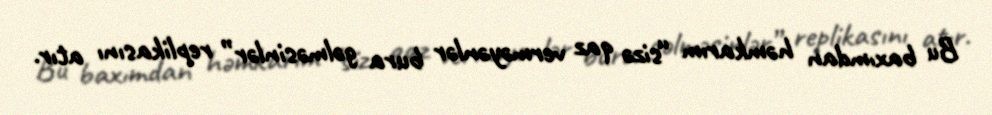
Bu baxımdan həmkarım “sizə qaz verməyənlər bura gəlməsinlər” replikasını atır.